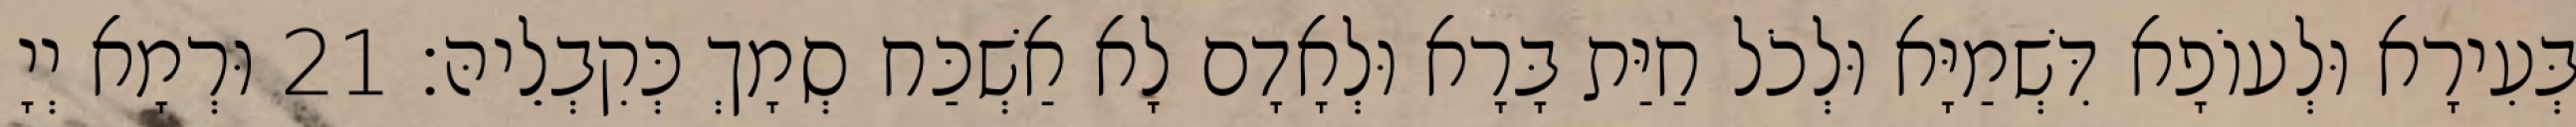
בְּעִירָא וּלְעוֹפָא דִּשְׁמַיָּא וּלְכֹל חַיַּת בָּרָא וּלְאָדָם לָא אַשְׁכַּח סְמָךְ כְּקִבְלֵיהּ׃ 21 וּרְמָא יְיָ